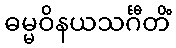
ဓမ္မဝိနယသင်္ဂီတိံ